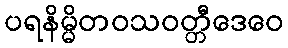
ပရနိမ္မိတဝသဝတ္တီဒေဝေ